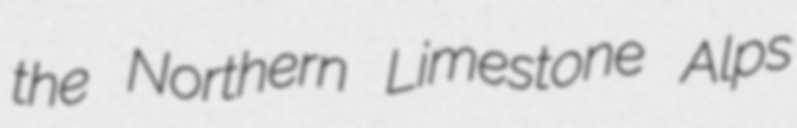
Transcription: the Northern Limestone Alps